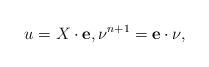
LaTeX: \begin{align*}u=X\cdot \mathbf{e},\nu^{n+1}=\mathbf{e}\cdot\nu,\end{align*}